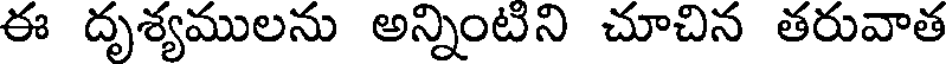
ఈ దృశ్యములను అన్నింటిని చూచిన తరువాత